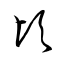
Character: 頃